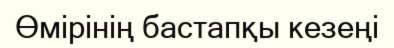
Өмірінің бастапқы кезеңі